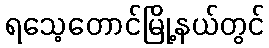
ရသေ့တောင်မြို့နယ်တွင်